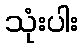
သုံးပါး